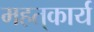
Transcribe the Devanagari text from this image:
महत्‌कार्य